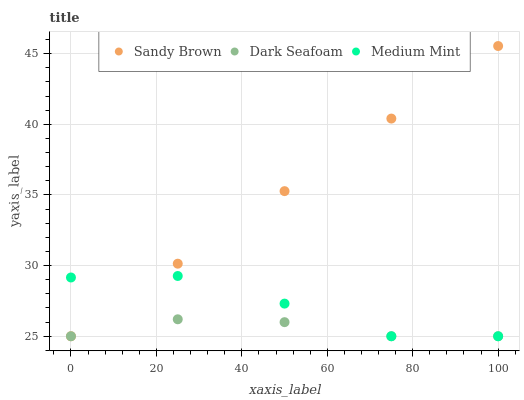
| xaxis_label | Sandy Brown | Dark Seafoam | Medium Mint |
 | --- | --- | --- | --- |
 | 0 | 25 | 25 | 29.2 |
 | 25 | 30.1 | 26.2 | 29.3 |
 | 50 | 35.3 | 26 | 27.3 |
 | 75 | 40.4 | 25 | 25 |
 | 100 | 45.5 | 25 | 25 |